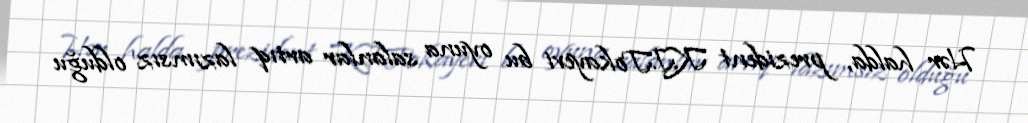
Hər halda, prezident K.J.Tokayevi bu oyuna salanlar artıq lazımsız olduğu